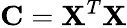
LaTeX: {\mathbf{C}=\mathbf{X}^{T}\mathbf{X}}